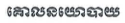
គោលនយោបាយ